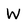
Character: W